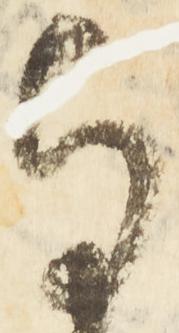
与